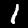
Label: 1